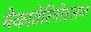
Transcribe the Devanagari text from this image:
येकातेरिनोस्लाव